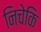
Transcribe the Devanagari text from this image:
निचेकि